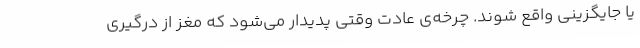
یا جایگزینی واقع شوند. چرخه‌ی عادت وقتی پدیدار می‌شود که مغز از درگیری